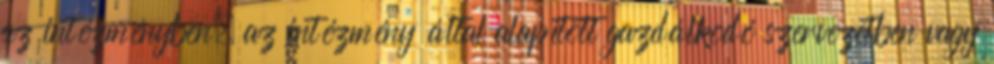
az intézményben, az intézmény által alapított gazdálkodó szervezetben vagy